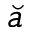
\breve { a }